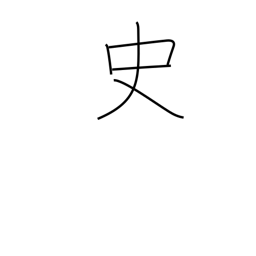
Meaning: chronicle